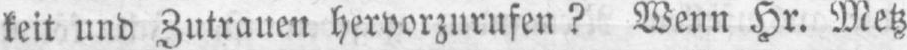
keit und Zutrauen hervorzurufen? Wenn Hr. Metz